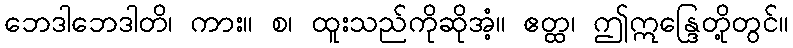
ဘေဒါဘေဒါတိ၊ ကား။ စ၊ ထူးသည်ကိုဆိုအံ့။ ဧတ္ထ၊ ဤဣန္ဒြေတို့တွင်။